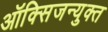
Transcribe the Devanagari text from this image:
ऑक्सिजन्युक्त